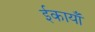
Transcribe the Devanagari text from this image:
ईकायाँ